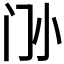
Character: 𡭜